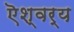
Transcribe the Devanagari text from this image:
ऎश्वर्य